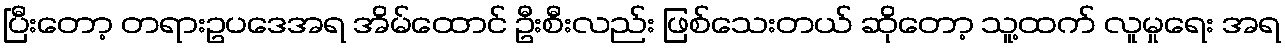
ပြီးတော့ တရားဥပဒေအရ အိမ်ထောင် ဦးစီးလည်း ဖြစ်သေးတယ် ဆိုတော့ သူ့ထက် လူမှုရေး အရ